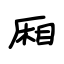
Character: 厢